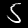
Label: 5